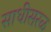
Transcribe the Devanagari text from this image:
साधीसरळ